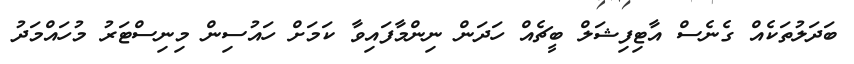
ބަދަލުތަކެއް ގެނެސް އާޓިފިޝަލް ބީޗެއް ހަދަން ނިންމާފައިވާ ކަމަށް ހައުސިން މިނިސްޓަރު މުހައްމަދު